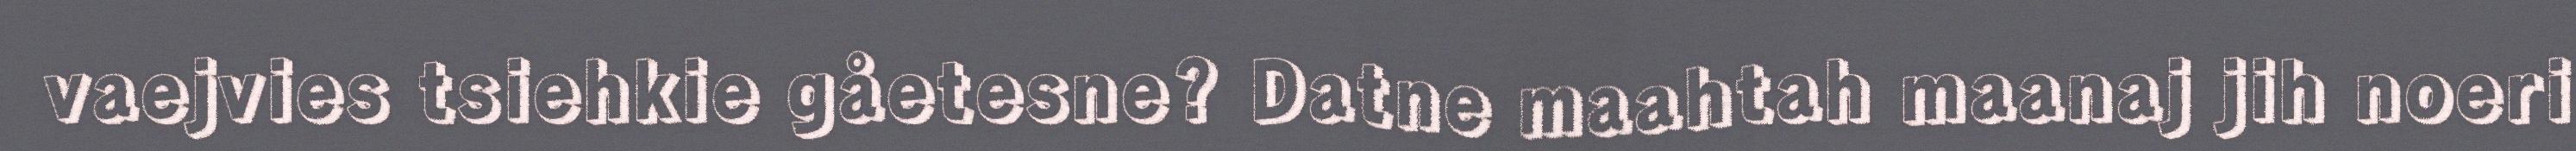
vaejvies tsiehkie gåetesne? Datne maahtah maanaj jih noeri